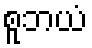
စူဘယံ